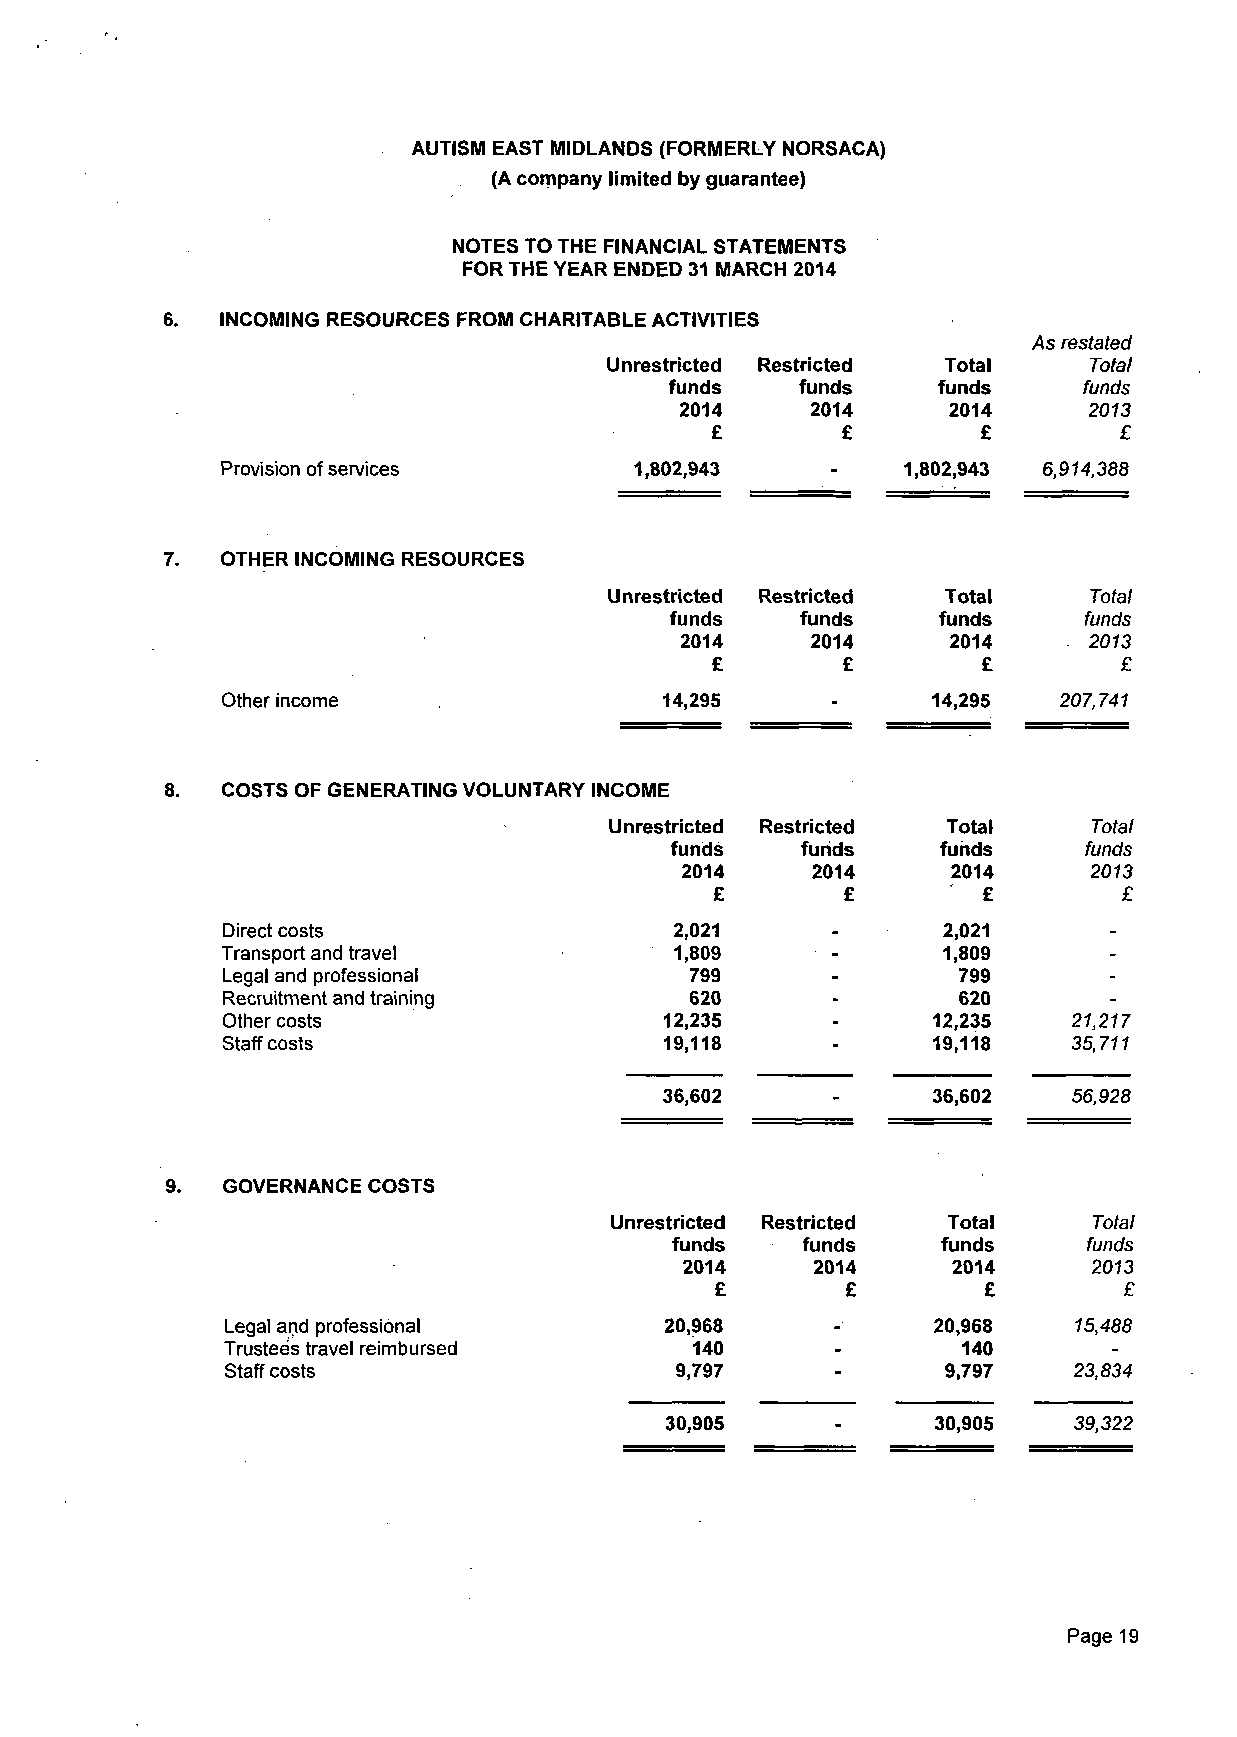
AUTISM EAST MIDLANDS (FORMERLY NORSACA)
 (A company limited by guarantee)
 NOTES TO THE FINANCIAL STATEMENTS
 FOR THE YEAR ENDED 31 MARCH 2014
 INCOMING RESOURCES FROM CHARITABLE ACTIVITIES
 As restated
 Unrestricted Restricted Total   Total
 funds    funds    funds     funds
 2014     2014     2014     2013
 £        £        £        £
 Provision of services      1,802,943    -    1,802,943 6,914,388
 OTHER INCOMING RESOURCES
 Unrestricted Restricted Total   Total
 funds    funds    funds     funds
 2014     2014     2014     2013
 £        £        £        £
 Other income                 14,295     -      14,295  207,741
 COSTS OF GENERATING VOLUNTARY INCOME
 Unrestricted Restricted Total   Total
 funds    funds    funds     funds
 2014     2014     2014     2013
 £        £        £        £
 Direct costs                  2,021            2,021
 Transport and travel          1,809     -      1,809
 Legal and professional         799              799
 Recruitment and training       620              620
 Other costs                  12,235            12,235   21,217
 Staff costs                  19,118            19,118   35,711
 36,602     -      36,602   56,928
 GOVERNANCE COSTS
 Unrestricted Restricted Total   Total
 funds    funds    funds     funds
 2014     2014     2014     2013
 £        £        £        £
 Legal and professional       20,968            20,968   15,488
 Trustees travel reimbursed     140      -        140
 Staff costs                   9,797             9,797   23,834
 30,905     -      30,905   39,322
 Page 19